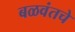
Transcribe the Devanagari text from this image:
बळवंतचे